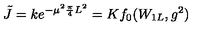
\tilde { J } = k e ^ { - \mu ^ { 2 } \frac { \pi } { 4 } L ^ { 2 } } = K f _ { 0 } ( W _ { 1 L } , g ^ { 2 } )